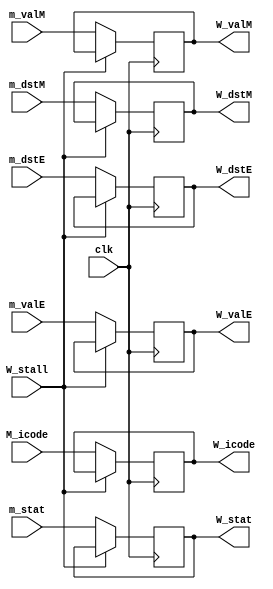
module w_reg(clk,W_stall,m_stat, M_icode, m_dstE, m_dstM,m_valE, m_valM,W_stat, W_icode, W_dstE, W_dstM,W_valE, W_valM);
input clk,W_stall;
input [3:0] m_stat, M_icode, m_dstE, m_dstM;
input [63:0] m_valE, m_valM;

output reg [3:0] W_stat, W_icode, W_dstE, W_dstM;
output reg [63:0] W_valE, W_valM;

always @(posedge clk)
    begin
        if(W_stall!=1)begin
            W_stat <= m_stat;
            W_icode <= M_icode;
            W_valE <= m_valE;
            W_valM <= m_valM;
            W_dstE <= m_dstE; 
            W_dstM <= m_dstM;
        end
    end

endmodule